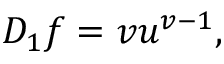
D _ { 1 } f = v u ^ { v - 1 } ,